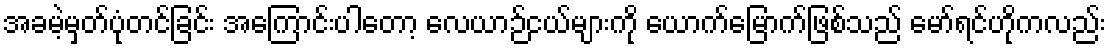
အခမဲ့မှတ်ပုံတင်ခြင်း အကြောင်းပါတော့ လေယာဉ်ငယ်များကို ယောက်မြောက်ဖြစ်သည် မော်ရင်ဟိုကလည်း